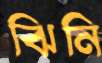
ঝিনি